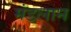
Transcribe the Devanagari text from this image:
मंडलान